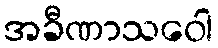
အခီဏာသဝေါ